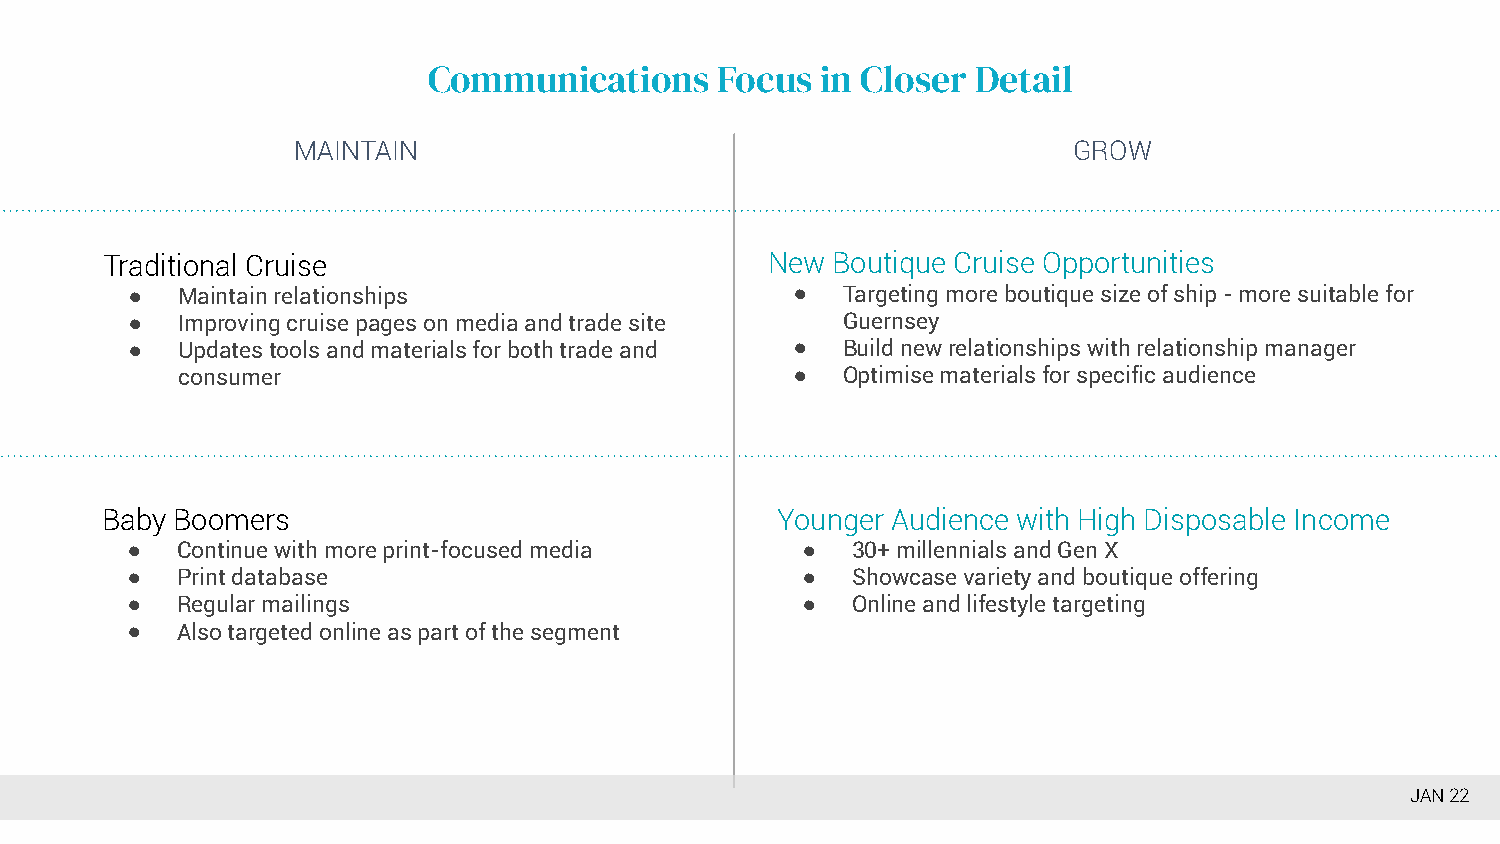
Communications      Focus in Closer  Detail
 MAINTAIN                                            GROW
 Traditional Cruise                          New Boutique Cruise Opportunities
 ●   Maintain relationships                  ●   Targeting more boutique size of ship - more suitable for
 ●   Improving cruise pages on media and trade site Guernsey
 ●   Updates tools and materials for both trade and ● Build new relationships with relationship manager
 consumer                                ●   Optimise materials for specific audience
 Baby Boomers                                Younger Audience with High Disposable Income
 ●   Continue with more print-focused media   ●  30+ millennials and Gen X
 ●   Print database                           ●  Showcase variety and boutique offering
 ●   Regular mailings                         ●  Online and lifestyle targeting
 ●   Also targeted online as part of the segment
 JAN 22